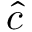
\hat { c }